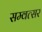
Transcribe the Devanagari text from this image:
सम्वत्सर